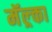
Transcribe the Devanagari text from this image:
मॅल्र्का